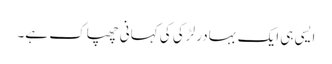
ایسی ہی ایک بہادر لڑکی کی کہانی چھپاک ہے۔